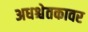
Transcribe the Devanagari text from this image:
अधश्चेतकावर